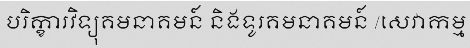
បរិក្ខារវិទ្យុគមនាគមន៍ និងទូរគមនាគមន៍ /សេវាកម្ម